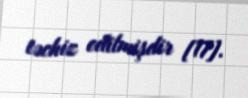
təchiz edilmişdir [17].